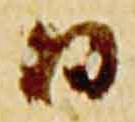
日